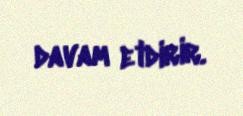
davam etdirir.